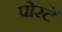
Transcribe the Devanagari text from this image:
पोरटें